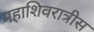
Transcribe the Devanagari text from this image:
महाशिवरात्रीस